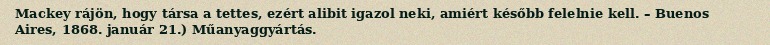
Mackey rájön, hogy társa a tettes, ezért alibit igazol neki, amiért később felelnie kell. – Buenos Aires, 1868. január 21.) Műanyaggyártás.